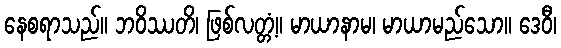
နေစရာသည်။ ဘဝိဿတိ၊ ဖြစ်လတ္တံ့။ မာယာနာမ၊ မာယာမည်သော။ ဒေဝီ၊